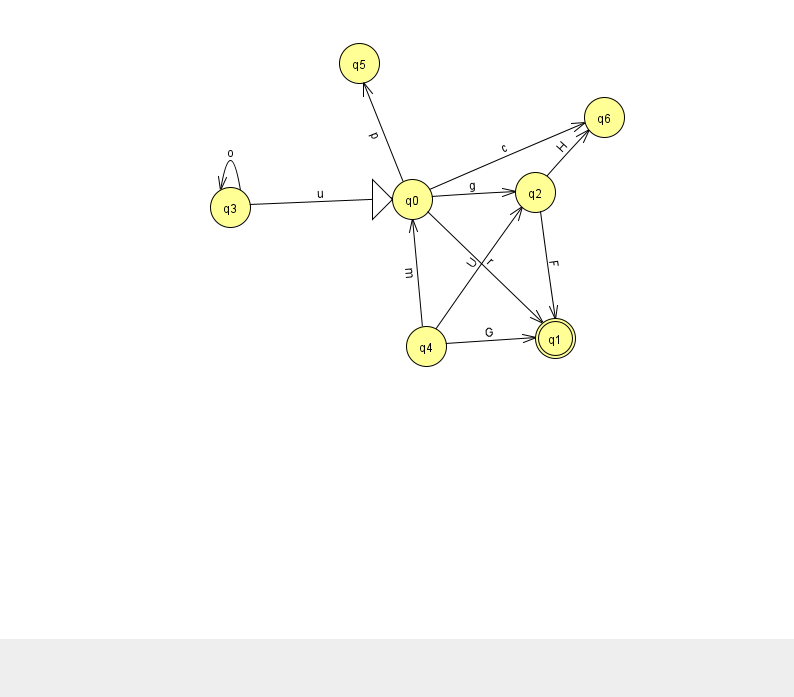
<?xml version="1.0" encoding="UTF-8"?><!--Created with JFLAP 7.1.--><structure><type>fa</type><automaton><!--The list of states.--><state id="0" name="q0"><x>412.0</x><y>186.0</y><initial/></state><state id="1" name="q1"><x>555.0</x><y>325.0</y><final/></state><state id="2" name="q2"><x>535.0</x><y>179.0</y></state><state id="3" name="q3"><x>230.0</x><y>194.0</y></state><state id="4" name="q4"><x>426.0</x><y>333.0</y></state><state id="5" name="q5"><x>359.0</x><y>50.0</y></state><state id="6" name="q6"><x>604.0</x><y>104.0</y></state><!--The list of transitions.--><transition><from>4</from><to>0</to><read>m</read></transition><transition><from>0</from><to>2</to><read>g</read></transition><transition><from>2</from><to>6</to><read>H</read></transition><transition><from>3</from><to>0</to><read>u</read></transition><transition><from>4</from><to>1</to><read>G</read></transition><transition><from>0</from><to>5</to><read>p</read></transition><transition><from>0</from><to>6</to><read>c</read></transition><transition><from>4</from><to>2</to><read>U</read></transition><transition><from>2</from><to>1</to><read>F</read></transition><transition><from>0</from><to>1</to><read>r</read></transition><transition><from>3</from><to>3</to><read>o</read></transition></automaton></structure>